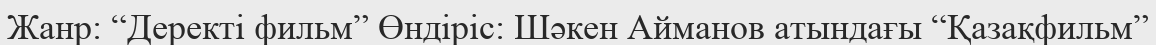
Жанр: “Деректі фильм” Өндіріс: Шәкен Айманов атындағы “Қазақфильм”